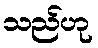
သည်ဟု